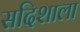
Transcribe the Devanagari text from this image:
सदिशाला